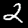
Label: 2